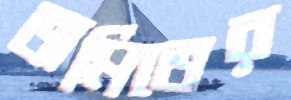
অমিতের